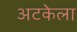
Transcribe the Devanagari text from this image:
अटकेला